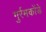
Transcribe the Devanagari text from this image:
गुर्रमकोंडे